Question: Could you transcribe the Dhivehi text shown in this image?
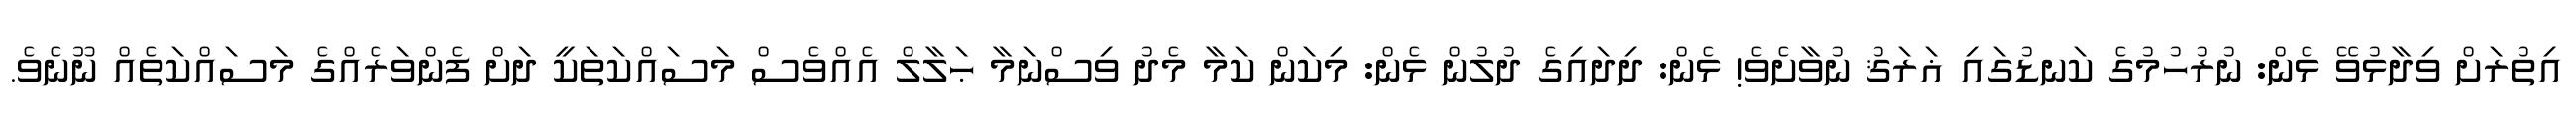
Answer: އިތުރަށް ވިދާޅުވޭ ޅެން: ނުރުހުމުގެ ކަނޑުގައި ޣަރަޤު ނުވާށެވެ! ޅެން: ދިދައިގެ ދުލުން ޅެން: މިކަން ކަމާ މެދު ވިސްނަމާ ޙަލާލް އެއްވެސް މަސައްކަތަކީ ދަށް ފެންވަރެއްގެ މަސައްކަތެއް ނޫނެވެ.